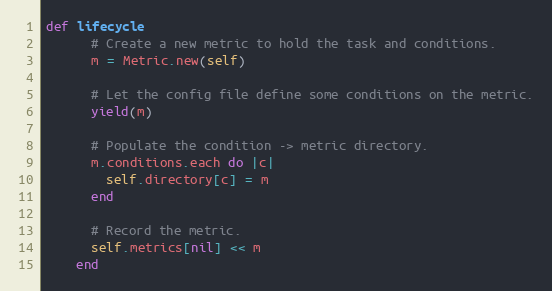
Language: Ruby
def lifecycle
      # Create a new metric to hold the task and conditions.
      m = Metric.new(self)

      # Let the config file define some conditions on the metric.
      yield(m)

      # Populate the condition -> metric directory.
      m.conditions.each do |c|
        self.directory[c] = m
      end

      # Record the metric.
      self.metrics[nil] << m
    end